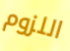
اللزوم